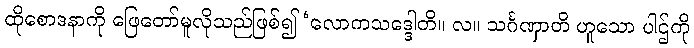
ထိုစောဒနာကို ဖြေတော်မူလိုသည်ဖြစ်၍ ‘လောကသဒ္ဒေါတိ။ လ။ သင်္ဂဏှာတိ ဟူသော ပါဌ်ကို